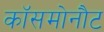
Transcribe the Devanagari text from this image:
कॉसमोनौट